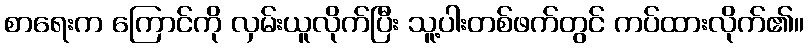
စာရေးက ကြောင်ကို လှမ်းယူလိုက်ပြီး သူ့ပါးတစ်ဖက်တွင် ကပ်ထားလိုက်၏။